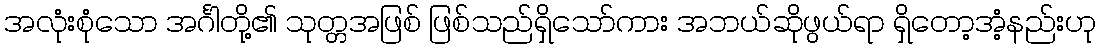
အလုံးစုံသော အင်္ဂါတို့၏ သုတ္တအဖြစ် ဖြစ်သည်ရှိသော်ကား အဘယ်ဆိုဖွယ်ရာ ရှိတော့အံ့နည်းဟု